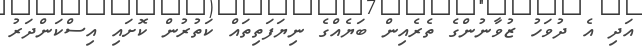
އަދި އެ ދުވަހު ޒުވާނުންގެ ތެރެއިން ބަޔެއްގެ ނިޔަފަތިތައް ކަތުރުން ކޮށައި އިސްކަންދަރު